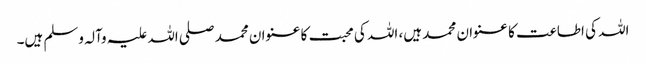
اللہ کی اطاعت کا عنوان محمد ہیں، اللہ کی محبت کا عنوان محمد صلی اللہ علیہ وآلہ وسلم ہیں۔